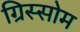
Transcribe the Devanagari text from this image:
ग्रिस्सोम